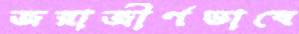
জরাজীর্ণভাবে